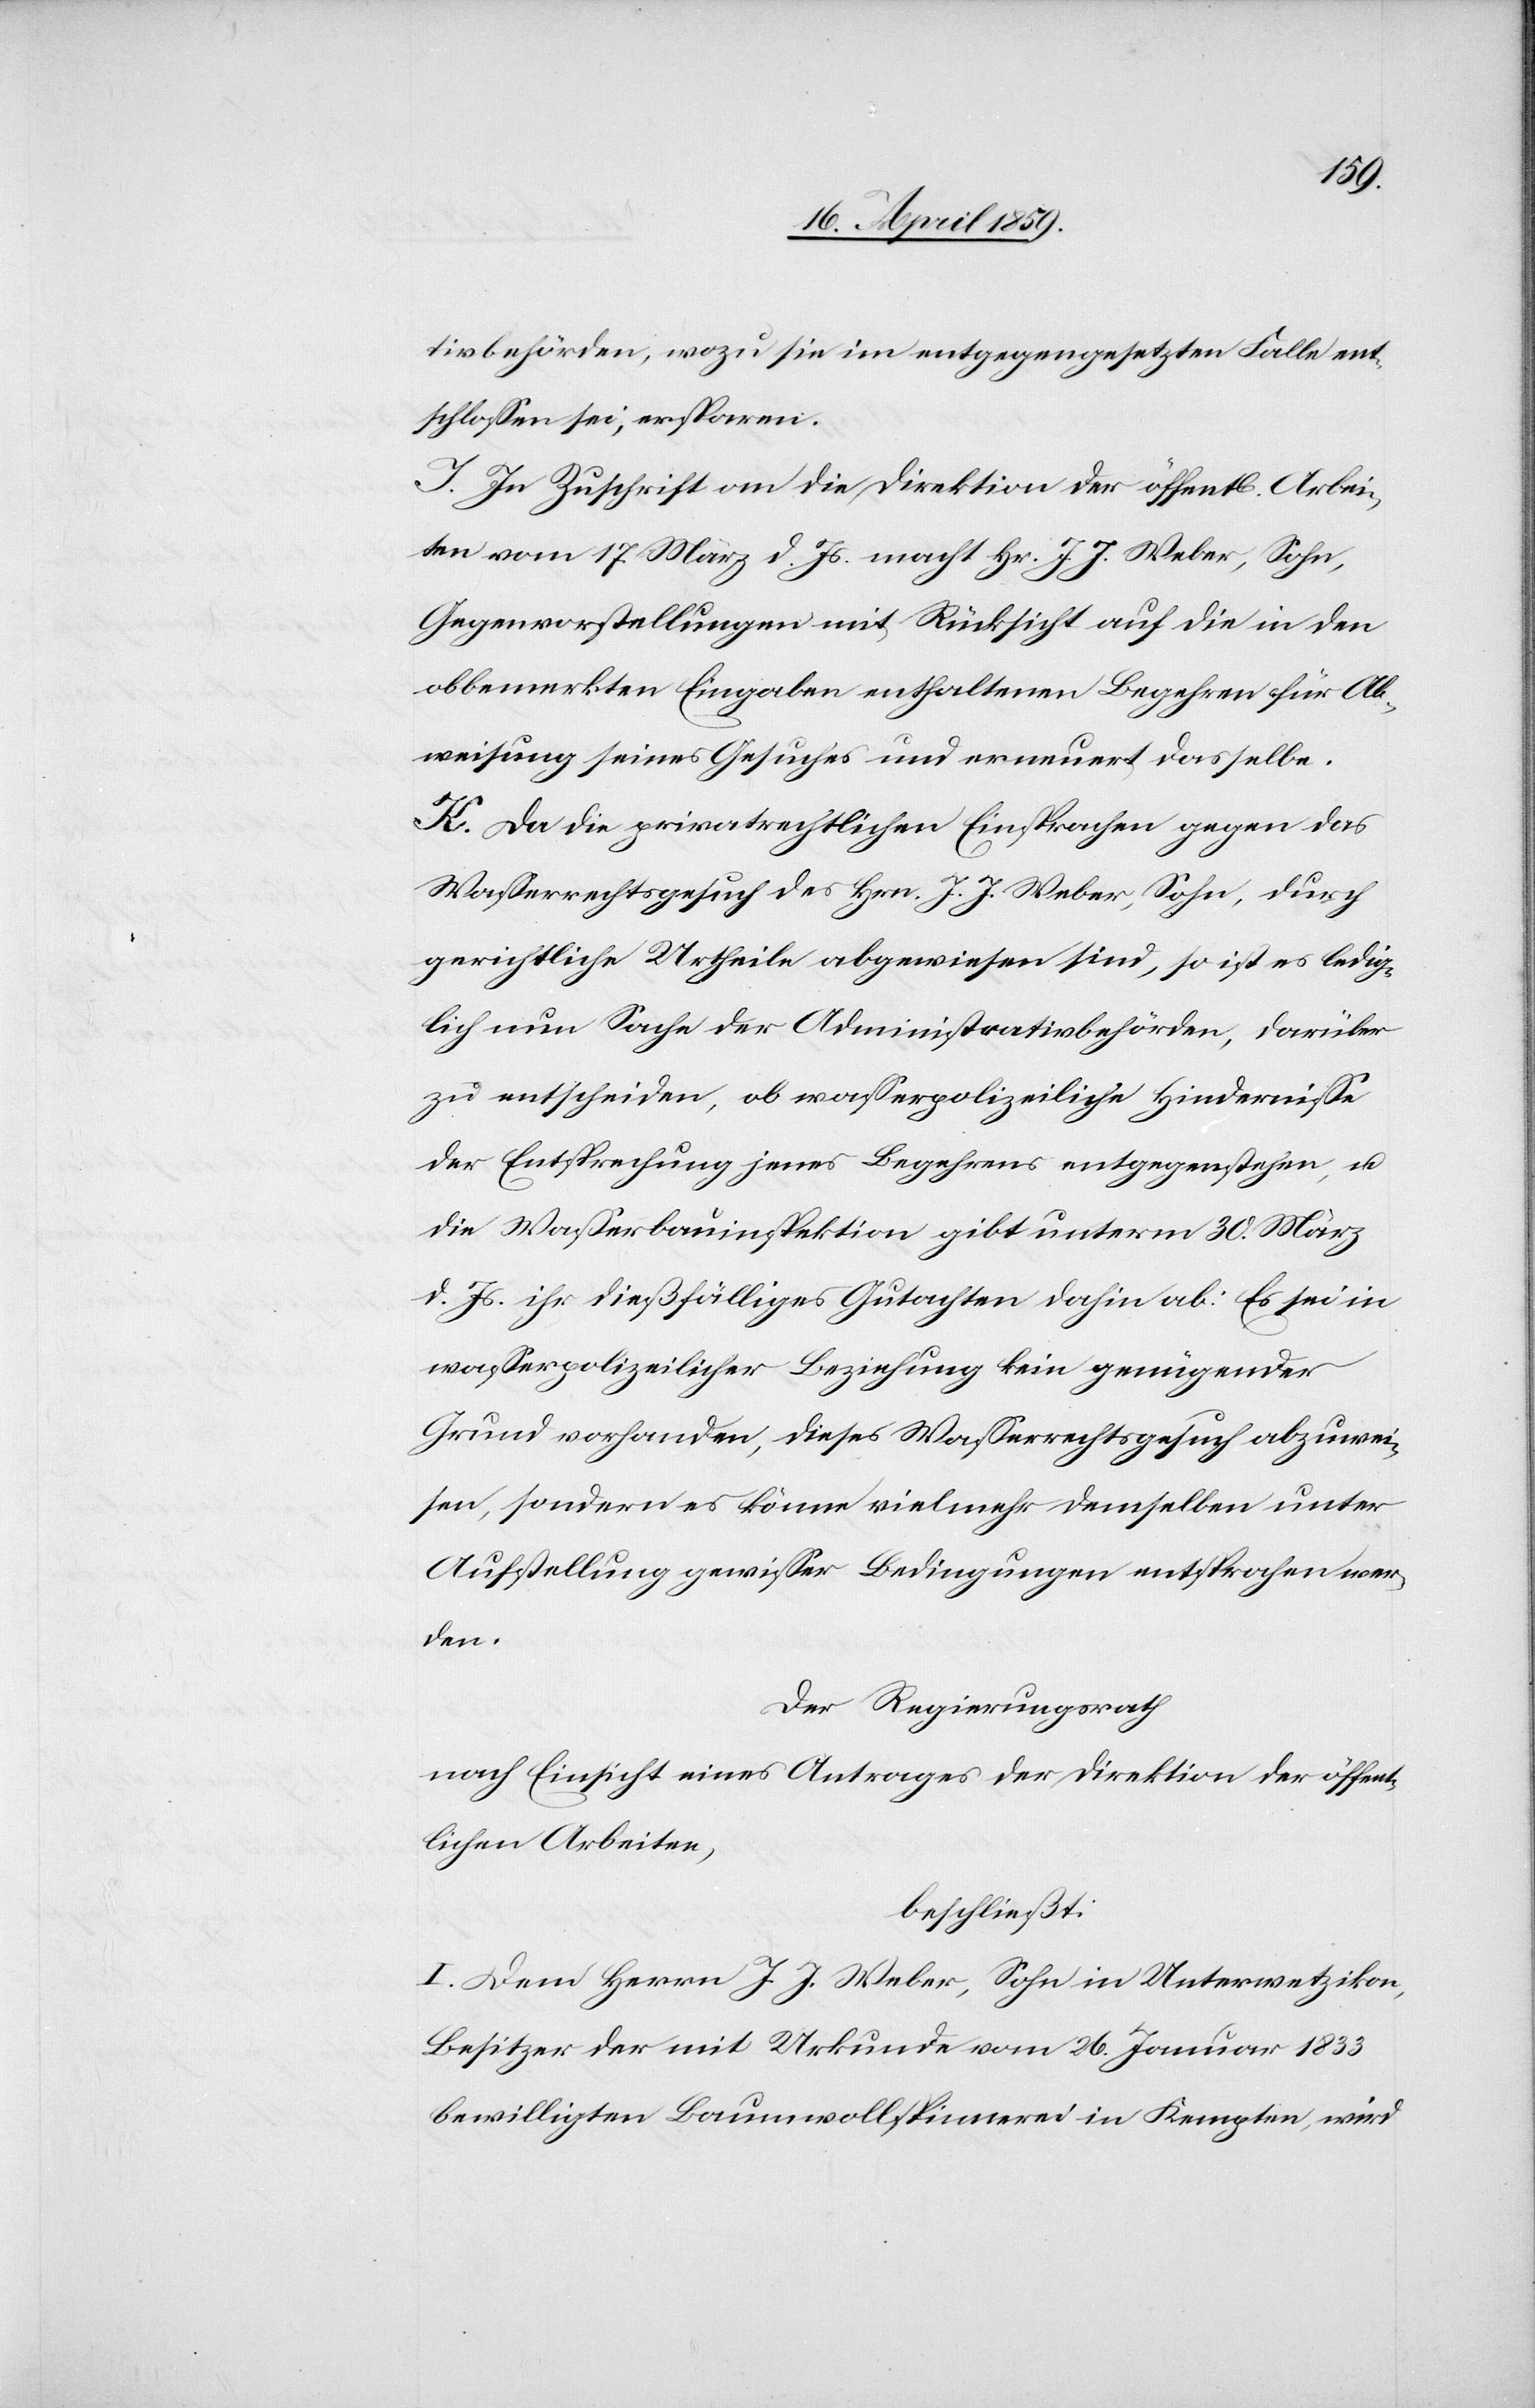
tivbehörden, wozu sie im entgegengesetzten Falle ent¬
schloßen sei, ersparen.
J. In Zuschrift an die Direktion der öffentl. Arbei¬
ten vom 17. März d. Js. macht Hr. J. J. Weber, Sohn,
Gegenvorstellungen mit Rücksicht auf die in den
obbemerkten Eingaben enthaltenen Begehren für Ab¬
weisung seines Gesuches und erneuert dasselbe.
K. Da die privatrechtlichen Einsprachen gegen das
Waßerrechtsgesuch des Hrn. J. J. Weber, Sohn, durch
gerichtliche Urtheile abgewiesen sind, so ist es ledig¬
lich nun Sache der Administrativbehörden, darüber
zu entscheiden, ob waßerpolizeiliche Hinderniße
der Entsprechung jenes Begehrens entgegenstehen, u.
die Waßerbauinspektion gibt unterm 30. März
d. Js. ihr dießfälliges Gutachten dahin ab: Es sei in
waßerpolizeilicher Beziehung kein genügender
Grund vorhanden, dieses Waßerrechtsgesuch abzuwei¬
sen, sondern es könne vielmehr demselben unter
Aufstellung gewißer Bedingungen entsprochen wer¬
den.
Der Regierungsrath
nach Einsicht eines Antrages der Direktion der öffent¬
lichen Arbeiten,
beschließt:
I. Dem Herrn J. J. Weber, Sohn in Unterwetzikon,
Besitzer der mit Urkunde vom 26. Januar 1833
bewilligten Baumwollspinnerei in Kempten, wird